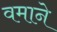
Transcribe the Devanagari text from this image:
वमाने